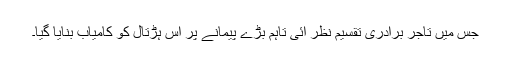
جس میں تاجر برادری تقسیم نظر آئی تاہم بڑے پیمانے پر اس ہڑتال کو کامیاب بنایا گیا۔